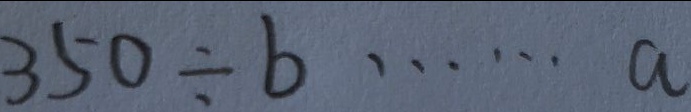
3 5 0 \div b \cdots a